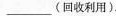
___(回收利用).